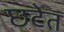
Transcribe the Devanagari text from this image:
छटेत